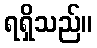
ရရှိသည်။